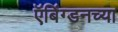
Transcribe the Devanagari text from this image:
ऍबिंग्डनच्या